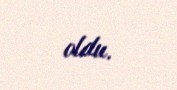
oldu.